Report of the Bombay Veterinary College
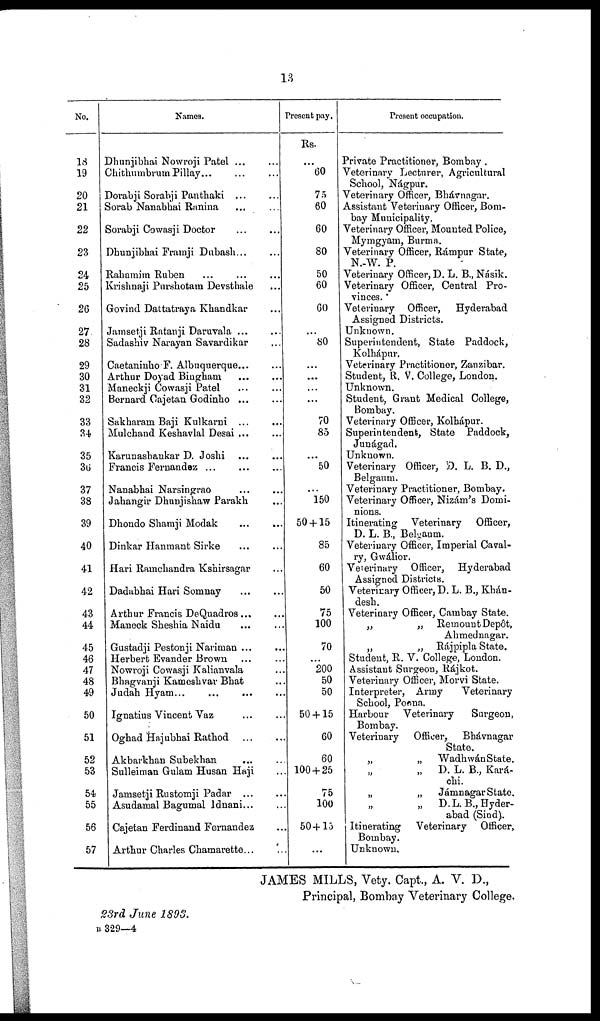
13
No.
18
19
20
21
22
23
24
25
26
27
28
29
30
31
32
33
34
35
36
37
38
39
40
41
42
43
44
45
46
47
48
49
50
51
52
53
54
55
56
57
Names.
Dhunjibhai Nowroji
Patel...
...
Chithumbrum
Pillay...
...
Dorabji Sorabji Panthaki
...
...
Sorab Nanabhai Ranina... ...
Sorabji Cowasji Doctor
...
...
Dhunjibhai Framji
Dubash... ...
Rahamim Ruben
...
...
Krishnaji Purshotam Devsthale
Govind Dattatraya Khandkar
Jamsetji Ratanji
Daruvala...
...
Sadashiv Narayan Savardikar
Caetaninho F. Albuquerque... ...
Arthur Doyad Bingham
...
...
Maneckji Cowasji Patel ... ...
Bernard Cajetan Godinho... ...
Sakharam Baji Kulkarni ... ...
Mulchand Keshavlal Desai ...
Karunashankar D. Joshi ...
Francis
Fernandez...
...
Nanabhai Narsingrao
...
...
Jahangir Dhunjishaw Parakh
Dhondo Sharaji Modak
...
...
Dinkar Hanmant Sirke... ...
Hari Ramchandra Kshirsagar
Dadabhai Hari Somnay
...
...
Arthur Francis
DeQuadros...
...
Maneck Sheshia Naidu
...
...
Gustadji Pestonji
Nariman...
...
Herbert Evander Brown... ...
Nowroji Cowasji Kalianvala
Bhagvanji Kameshvar Bhat
Judah Hyam...
Ignatius Vincent Vaz
...
...
Oghad Hajubhai Rathod
...
...
Akbarkhan Subekhan
...
...
Sulleiman Gulam Husan Haji
Jamsetji Rustomji
Padar...
...
Asudamal Bagumal
ldnani... ...
Cajetan Ferdinand Fernandez ...
Arthur Charles Chamarette... ...
Present pay.
Rs.
60
75
60
60
80
50
60
60
...
80
...
...
...
...
70
85
...
50
...
150
50 + 15
85
60
50
75
100
70
...
200
50
50
50 + 15
60
60
100 + 25
75
100
50+15
...
Present occupation.
Private Practitioner, Bombay.
Veterinary Lecturer, Agricultural
School, Nágpur.
Veterinary Officer, Bhávnagar.
Assistant Veterinary Officer, Bom-
bay Municipality.
Veterinary Officer, Mounted Police,
Mymgyam, Burma.
Veterinary Officer, Rámpur State,
N.-W. P.
Veterinary Officer, D. L. B., Násik.
Veterinary Officer, Central Pro-
vinces.
Veterinary Officer,
Hyderabad
Assigned Districts.
Unknown.
Superintendent, State Paddock,
Kolhápur.
Veterinary Practitioner, Zanzibar.
Student, R. V. College, London.
Unknown.
Student, Grant Medical College,
Bombay.
Veterinary Officer, Kolhápur.
Superintendent, State Paddock,
Junágad.
Unknown.
Veterinary Officer, D. L. B. D.,
Belgaum.
Veterinary Practitioner, Bombay.
Veterinary Officer, Nizám's Domi-
nions.
Itinerating Veterinary
Officer,
D. L. B., Belgaum.
Veterinary Officer, Imperial Caval-
ry, Gwálior.
Veterinary Officer,
Hyderabad
Assigned Districts.
Veterinary Officer, D. L. B., Khán¬
desh.
Veterinary Officer, Cambay State.
„
„ Remount Depôt,
Ahmednagar.
„
„ Rájpipla State.
Student, R. V. College, London.
Assistant Surgeon, Rájkot.
Veterinary Officer, Morvi State.
Interpreter, Army
Veterinary
School, Poona.
Harbour Veterinary
Surgeon,
Bombay.
Veterinary Officer,
Bhávnagar
State.
„
„ Wadhwán State.
„
„
D. L. B., Kará-
chi.
„
„ Jámnagar State.
„
D.L.B., Hyder-
abad (Sind).
Itinerating Veterinary
Officer,
Bombay.
Unknown.
JAMES MILLS, Vety. Capt., A. V. D.,
Principal, Bombay Veterinary College.
23rd June 1893,
B 329—4